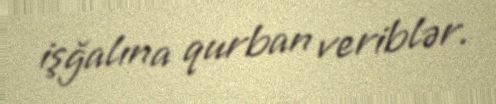
işğalına qurban veriblər.